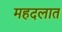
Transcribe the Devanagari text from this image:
महदलात